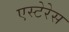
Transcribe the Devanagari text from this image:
एस्टेरेस